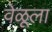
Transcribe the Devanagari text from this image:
वेळूला